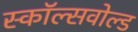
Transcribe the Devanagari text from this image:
स्कॉल्सवोल्ड